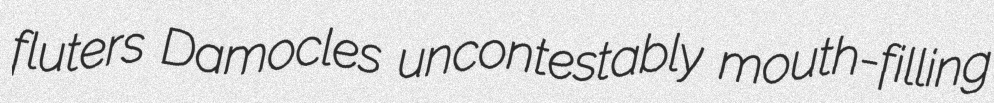
fluters Damocles uncontestably mouth-filling